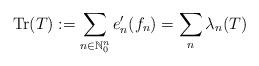
LaTeX: \begin{align*}\textnormal{Tr}(T):=\sum_{n\in\mathbb{N}^n_0}e_n'(f_n)=\sum_{n}\lambda_n(T)\end{align*}